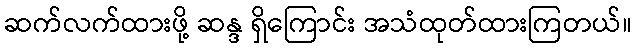
ဆက်လက်ထားဖို့ ဆန္ဒ ရှိကြောင်း အသံထုတ်ထားကြတယ်။